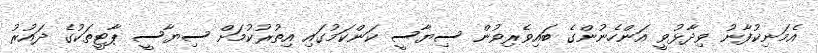
އެމަނިކުފާނު ވިދާޅުވީ އަންހެނުންގެ ބައިވެރިވުން ސިޔާސީ ކަންކަމުގައި އިތުރުކުމަށް ސިޔާސީ ޕާޓީތަކުގެ ދައުރު